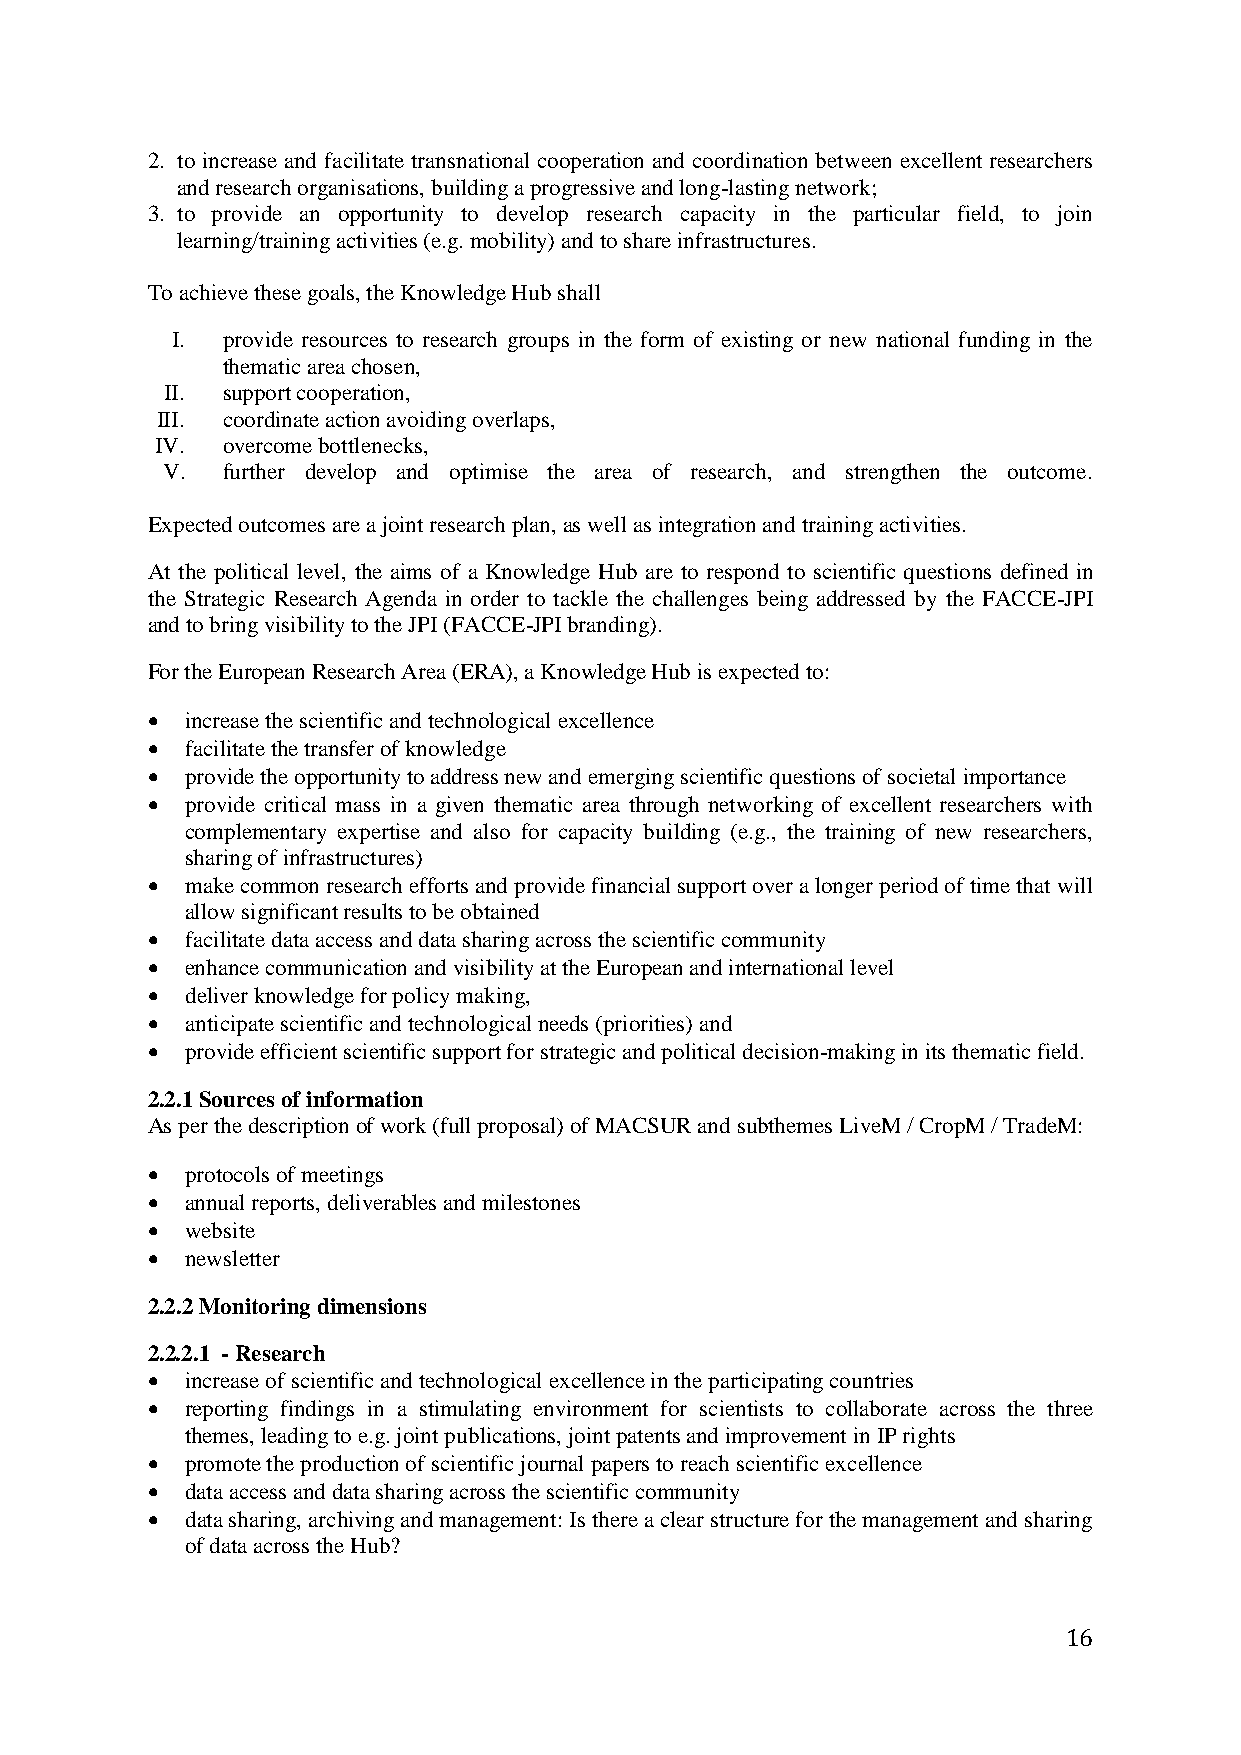
2. to increase and facilitate transnational cooperation and coordination between excellent researchers
 and research organisations, building a progressive and long-lasting network;
 3. to provide an opportunity to develop research capacity in the particular field, to join
 learning/training activities (e.g. mobility) and to share infrastructures.
 To achieve these goals, the Knowledge Hub shall
 I.  provide resources to research groups in the form of existing or new national funding in the
 thematic area chosen,
 II. support cooperation,
 III. coordinate action avoiding overlaps,
 IV.  overcome bottlenecks,
 V.  further develop and optimise the area of research, and strengthen the outcome.
 Expected outcomes are a joint research plan, as well as integration and training activities.
 At the political level, the aims of a Knowledge Hub are to respond to scientific questions defined in
 the Strategic Research Agenda in order to tackle the challenges being addressed by the FACCE-JPI
 and to bring visibility to the JPI (FACCE-JPI branding).
 For the European Research Area (ERA), a Knowledge Hub is expected to:
  increase the scientific and technological excellence
  facilitate the transfer of knowledge
  provide the opportunity to address new and emerging scientific questions of societal importance
  provide critical mass in a given thematic area through networking of excellent researchers with
 complementary expertise and also for capacity building (e.g., the training of new researchers,
 sharing of infrastructures)
  make common research efforts and provide financial support over a longer period of time that will
 allow significant results to be obtained
  facilitate data access and data sharing across the scientific community
  enhance communication and visibility at the European and international level
  deliver knowledge for policy making,
  anticipate scientific and technological needs (priorities) and
  provide efficient scientific support for strategic and political decision-making in its thematic field.
 2.2.1 Sources of information
 As per the description of work (full proposal) of MACSUR and subthemes LiveM / CropM / TradeM:
  protocols of meetings
  annual reports, deliverables and milestones
  website
  newsletter
 2.2.2 Monitoring dimensions
 2.2.2.1 - Research
  increase of scientific and technological excellence in the participating countries
  reporting findings in a stimulating environment for scientists to collaborate across the three
 themes, leading to e.g. joint publications, joint patents and improvement in IP rights
  promote the production of scientific journal papers to reach scientific excellence
  data access and data sharing across the scientific community
  data sharing, archiving and management: Is there a clear structure for the management and sharing
 of data across the Hub?
 16